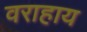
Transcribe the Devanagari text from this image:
वराहाय